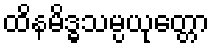
ထိနမိဒ္ဓသမ္ပယုတ္တော